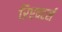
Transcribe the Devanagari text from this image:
रिएक्टर्स